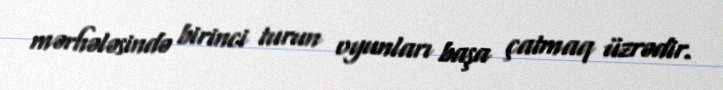
mərhələsində birinci turun oyunları başa çatmaq üzrədir.